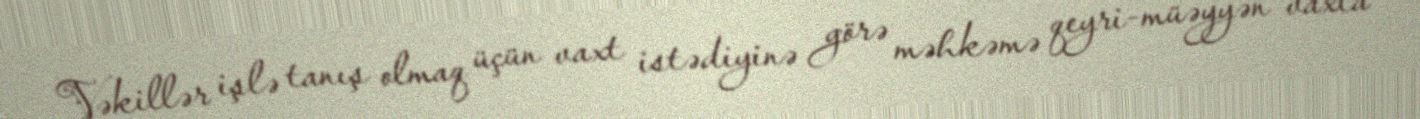
Vəkillər işlə tanış olmaq üçün vaxt istədiyinə görə məhkəmə qeyri-müəyyən vaxta